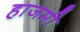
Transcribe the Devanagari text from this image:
हाजमी